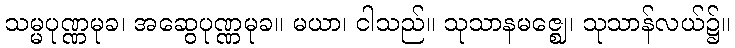
သမ္မပုဏ္ဏမုခ၊ အဆွေပုဏ္ဏမုခ။ မယာ၊ ငါသည်။ သုသာနမဇ္ဈေ၊ သုသာန်လယ်၌။